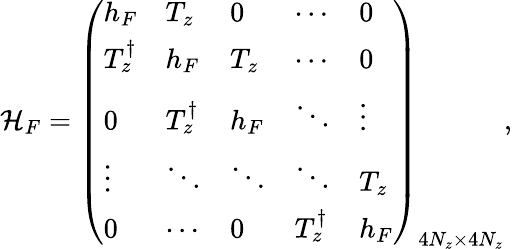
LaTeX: \begin{array}{r}{{\cal H}_{F}=\left(\begin{array}{lllll}{h_{F}}&{T_{z}}&{0}&{\cdots}&{0}\\ {T_{z}^{\dagger}}&{h_{F}}&{T_{z}}&{\cdots}&{0}\\ {0}&{T_{z}^{\dagger}}&{h_{F}}&{\ddots}&{\vdots}\\ {\vdots}&{\ddots}&{\ddots}&{\ddots}&{T_{z}}\\ {0}&{\cdots}&{0}&{T_{z}^{\dagger}}&{h_{F}}\end{array}\right)_{4N_{z}\times 4N_{z}},}\end{array}